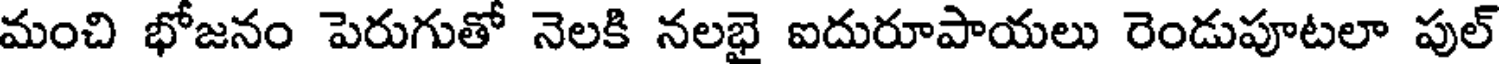
మంచి భోజనం పెరుగుతో నెలకి నలభై ఐదురూపాయలు రెండుపూటలా పుల్